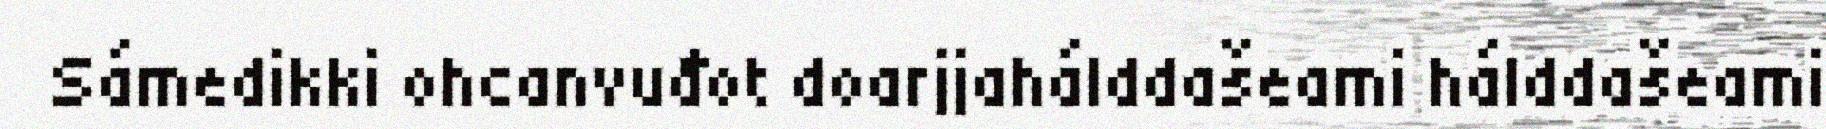
Sámedikki ohcanvuđot doarjjahálddašeami hálddašeami